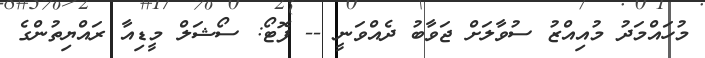
މުހައްމަދު މުއިއްޒު ސުވާލަށް ޖަވާބު ދެއްވަނީ -- ފޮޓޯ: ސޯޝަލް މީޑިއާ ރައްޔިތުންގެ